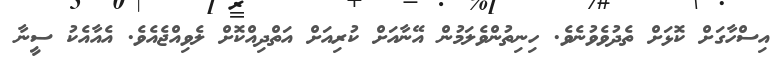
އިސްހާގަށް ކޮޅަށް ތެދުވެވުނެވެ. ހިނިތުންވެލަމުން އޭނާއަށް ކުރިއަށް އަތްދިއްކޮށް ލެވިއްޖެއެވެ. އެއާއެކު ސީނާ